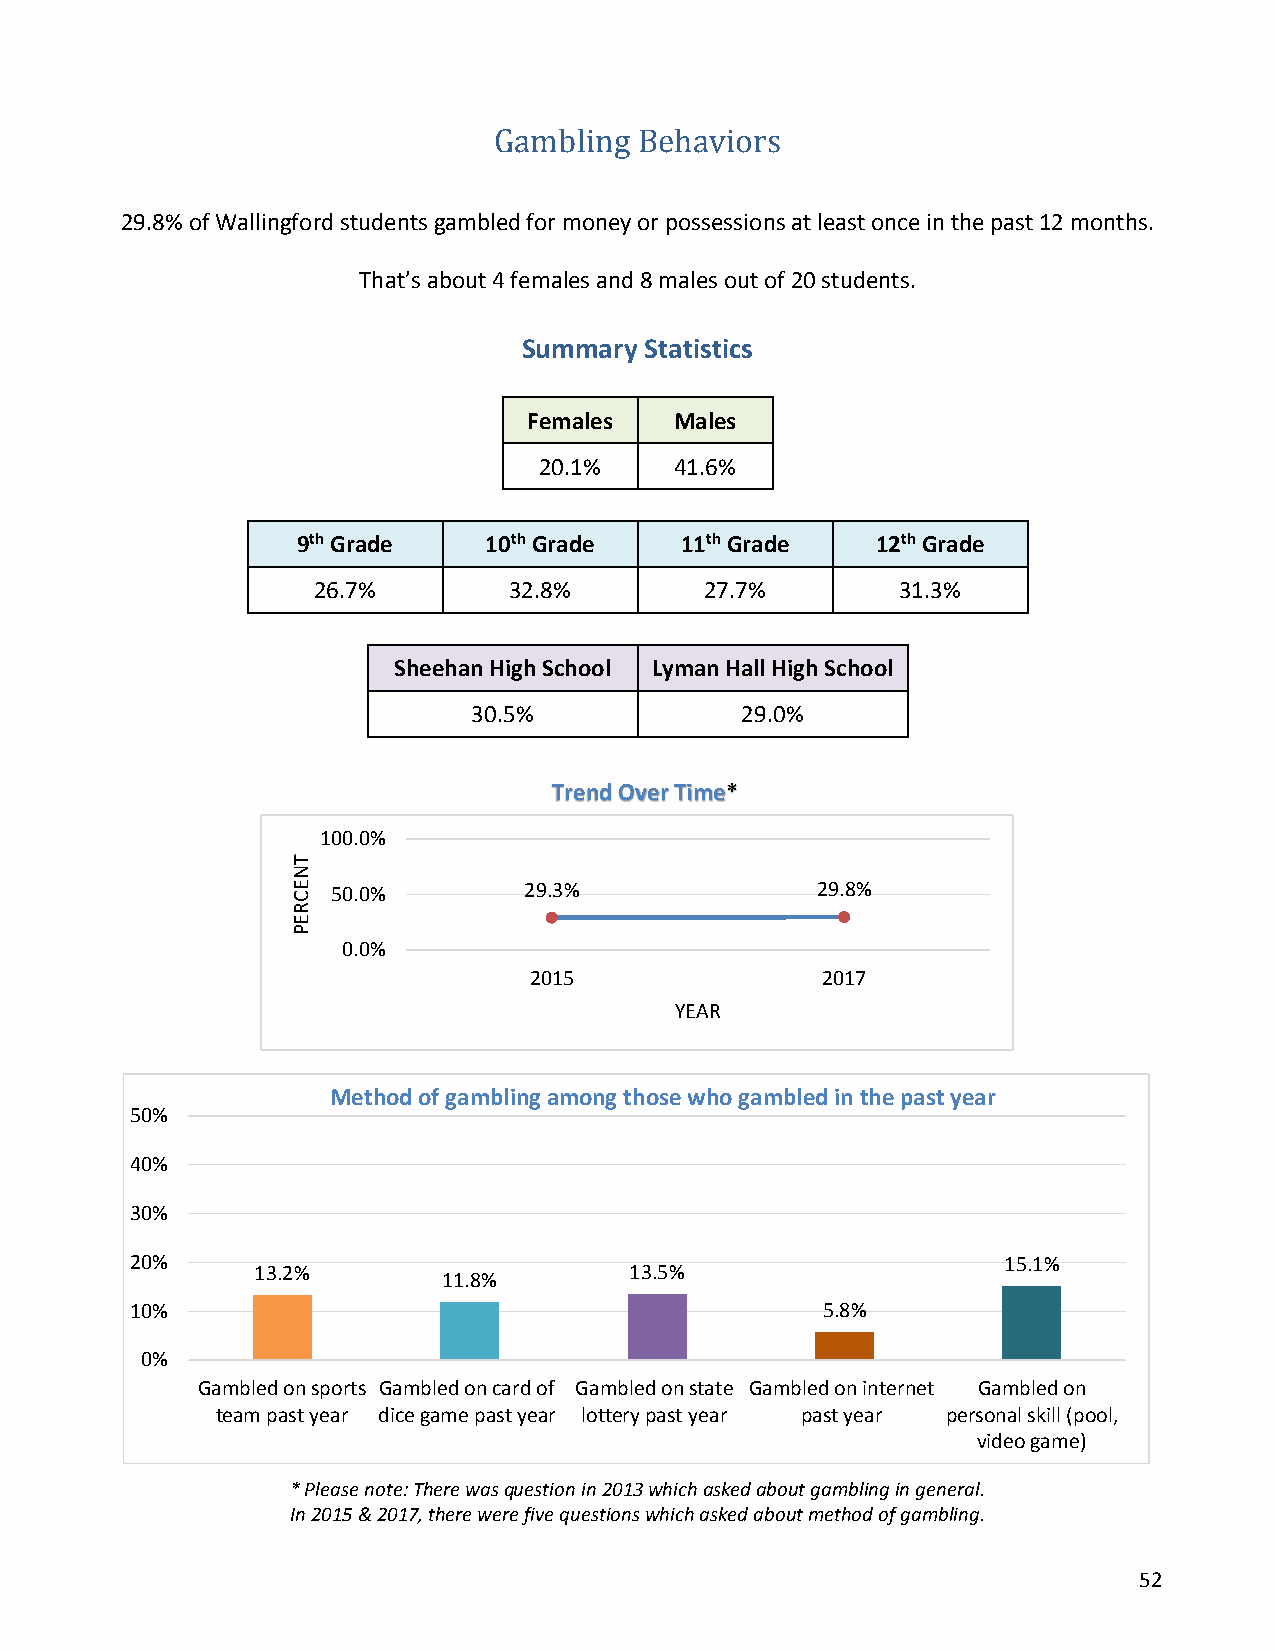
Gambling Behaviors
 29.8% of Wallingford students gambled for money or possessions at least once in the past 12 months.
 That’s about 4 females and 8 males out of 20 students.
 Summary Statistics
 Females   Males
 20.1%    41.6%
 9th Grade   10th Grade   11th Grade   12th Grade
 26.7%        32.8%        27.7%        31.3%
 Sheehan High School Lyman Hall High School
 30.5%             29.0%
 Trend Over Time*
 100.0%
 50.0%        29.3%              29.8%
 0.0%
 2015               2017
 YEAR
 Method of gambling among those who gambled in the past year
 50%
 40%
 30%
 20%                                                      15.1%
 13.2%                    13.5%
 11.8%
 10%                                          5.8%
 0%
 Gambled on sports Gambled on card of Gambled on state Gambled on internet Gambled on
 team past year dice game past year lottery past year past year personal skill (pool,
 video game)
 * Please note: There was question in 2013 which asked about gambling in general.
 In 2015 & 2017, there were five questions which asked about method of gambling.
 52
 TNECREP